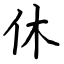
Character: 休